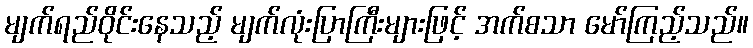
မျက်ရည်ဝိုင်းနေသည့် မျက်လုံးပြာကြီးများဖြင့် အက်စသာ မော်ကြည့်သည်။